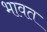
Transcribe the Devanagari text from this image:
भावत